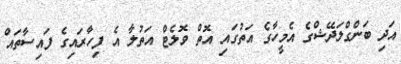
އަދި ބަންގްލަދޭޝްގެ އެމީހާގެ އަތުގައި އޮތް ވޮލެޓް އަތުލާ އެ ފިހާރައިގެ ފައިސާތައް